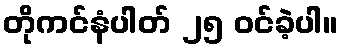
တိုကင်နံပါတ် ၂၅ ဝင်ခဲ့ပါ။